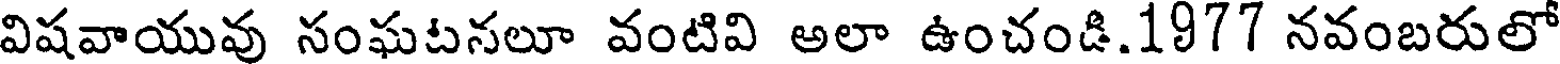
విషవాయువు సంఘటనలూ వంటివి అలా ఉంచండి.1977 నవంబరులో